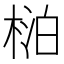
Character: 𬃍